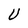
Character: U